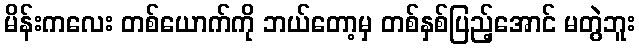
မိန်းကလေး တစ်ယောက်ကို ဘယ်တော့မှ တစ်နှစ်ပြည့်အောင် မတွဲဘူး